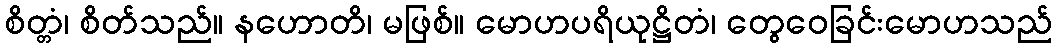
စိတ္တံ၊ စိတ်သည်။ နဟောတိ၊ မဖြစ်။ မောဟပရိယုဋ္ဌိတံ၊ တွေဝေခြင်းမောဟသည်